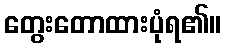
တွေးတောထားပုံရ၏။